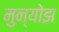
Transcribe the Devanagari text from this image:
मुन्योझ